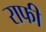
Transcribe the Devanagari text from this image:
राफी